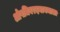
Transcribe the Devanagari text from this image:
ओषधिवरदनाममाला